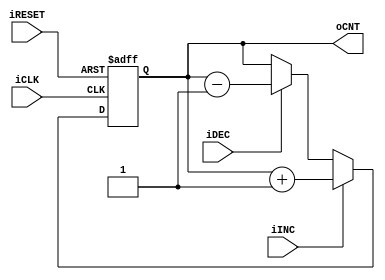
module counter
	#(
		parameter W = 16
	)
	(
		input wire iCLK, iRESET,
		input wire iINC, iDEC,
		output wire [W-1:0] oCNT
	);
	
	reg [W-1:0] cnt_reg;

	always @(posedge iCLK, posedge iRESET)
		if (iRESET)
			cnt_reg <= 0;
		else if (iINC)
			cnt_reg <= cnt_reg + 1;
		else if (iDEC)
			cnt_reg <= cnt_reg - 1;
	
	assign oCNT = cnt_reg;
endmodule